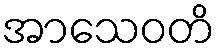
အာသေဝတိ